system: You are a helpful assistant.
user:
Analyze the provided spectrum to determine if it is a **S-type Star**.

- **Key Indicators for S-type Star:**

    - **(Overall Spectrum Shape):** The first and most obvious characteristic is the overall continuum (the "baseline" shape). It is **extremely "red-sloping,"** meaning the flux (light intensity) is very low on the left side (blue, ~4000-4500 Å) and rises steeply and continuously toward the right side (red, ~7000 Å+).

    - **(Primary):** The spectrum is defined by the presence of strong, broad molecular absorption "valleys" (bands) from **Zirconium Oxide (ZrO)**. The identification of these bands is the **primary requirement** for classifying a star as S-type.
        - **(Key Bandheads):** You must find distinct, deep "dips" where the light has been absorbed. The most critical band systems to locate are:
            - **~6474 Å** ($\gamma$-system): This is often the strongest and clearest ZrO feature, found in the red part of the spectrum.
            - **~5718 Å** & **~5551 Å** ($\beta$-system): A pair of prominent absorption features in the yellow-orange part of the spectrum.
            - **~4640 Å** ($\alpha$-system): A key absorption band system in the blue-green region of the spectrum.

    - **(Secondary Confirmation):** The classification is strengthened by finding additional absorption bands from other related heavy element oxides, which are expected to be present alongside ZrO.
        - **(Key Bandheads):**
            - **Yttrium Oxide (YO):** Look for absorption dips near **~4800 Å** and **~6100 Å**.
            - **Lanthanum Oxide (LaO):** Additional absorption features, particularly in the red-orange part of the spectrum, are also characteristic.

    - **(Line Profile):** The combination of the steep red continuum and these numerous, deep molecular bands (ZrO, YO, etc.) gives the entire spectrum a very **"chopped-up"** or **"bumpy"** appearance. Instead of a smooth curve, the spectrum looks as though large, wide chunks of light have been "carved out" of it at the specific wavelengths listed above.

Think first, call **spectral_visualization_tool** if needed to examine features in detail, then provide your final answer. Your response must adhere to the following strict rules:
1.  **Overall Structure:** Your response must follow the format `<think>...</think> <tool_call>...</tool_call> (if a tool is used) <answer>...</answer>`.
2.  **Tool Usage Constraint:** You may only make **one** tool call per turn.
3.  **Final Answer Format:** In the `<answer>` tag, your conclusion must be inside a `\boxed{}` command (e.g., `\boxed{YES}` or `\boxed{NO}`), followed by your justification.

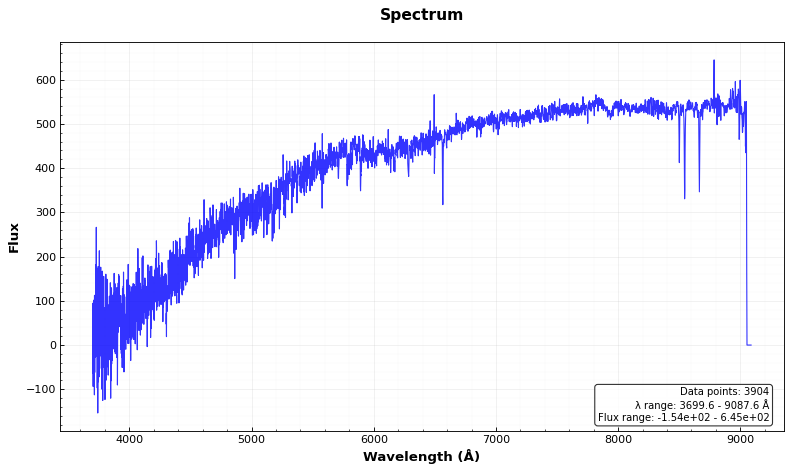
Answer: NO